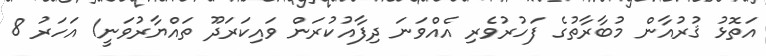
އަތޮޅު ޤުރުއާން މުބާރާތުގެ ފަހުރުވެރި އެއްވަނަ ދިފާއުކުރަން ވައިކަރަދޫ ތައްޔާރުވަނީ1 އަހަރު 8